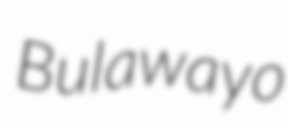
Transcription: Bulawayo